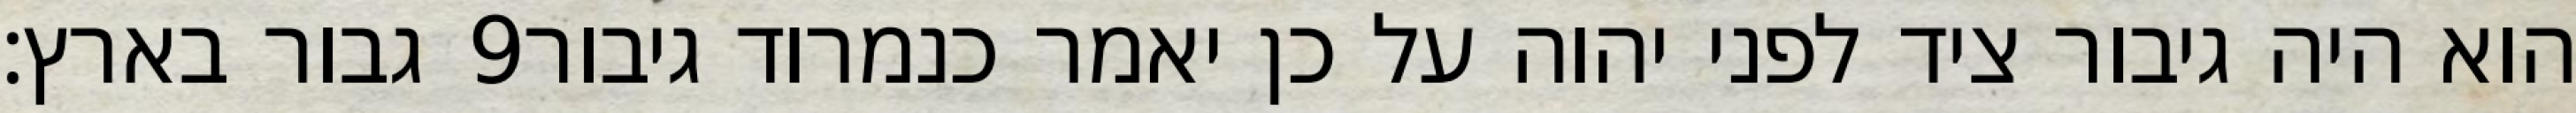
גבור בארץ׃ ‎9‏ הוא היה גיבור ציד לפני יהוה על כן יאמר כנמרוד גיבור